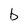
Character: b